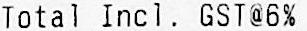
TOTAL INCL. GST@6%